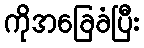
ကိုအခြေခံပြီး